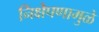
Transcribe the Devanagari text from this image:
निक्षेपणामुळे